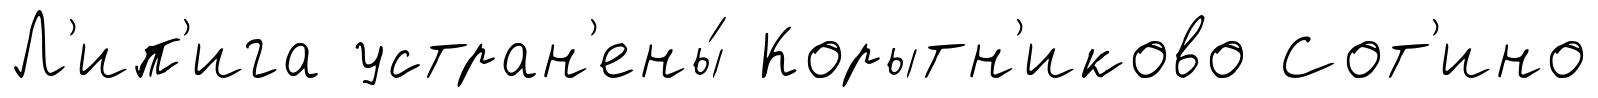
Л'ип'ига устран'ены́ Корытн'иково Сот'ино